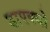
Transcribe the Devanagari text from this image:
डाएक्यो